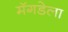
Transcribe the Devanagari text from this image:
मॅगडेला